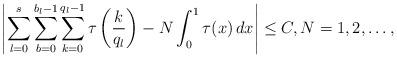
LaTeX: \begin{align*} \left| \sum_{l=0}^{s} \sum_{b=0}^{b_l-1} \sum_{k=0}^{q_l-1} \tau \left( \frac{k}{q_l} \right) - N \int_0^1 \tau (x) \, dx \right| \leq C , N=1,2, \ldots ,\end{align*}